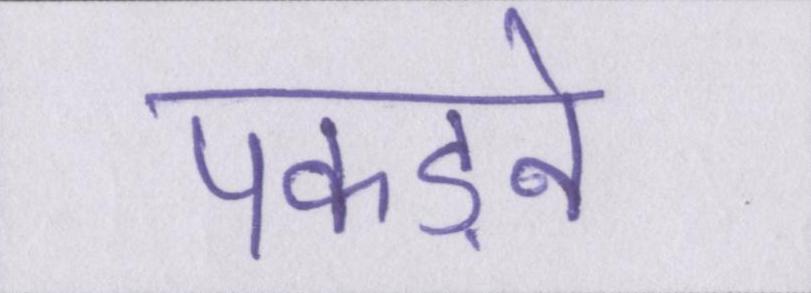
पकड़ने